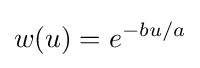
w(u)=e^{-bu/a}